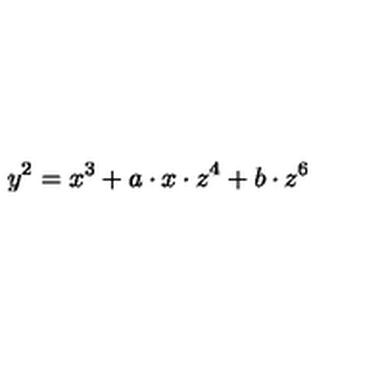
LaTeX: y ^ { 2 } = x ^ { 3 } + a \cdot x \cdot z ^ { 4 } + b \cdot z ^ { 6 }